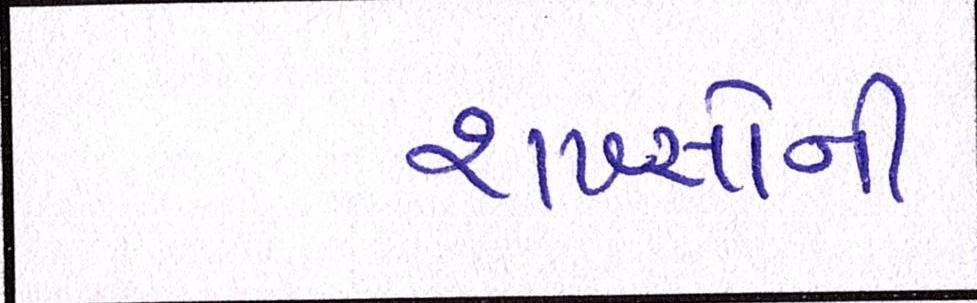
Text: શખ્સોની